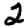
Digit: 2